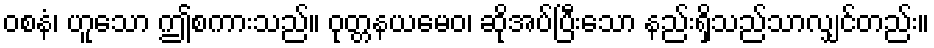
ဝစနံ၊ ဟူသော ဤစကားသည်။ ဝုတ္တနယမေဝ၊ ဆိုအပ်ပြီးသော နည်းရှိသည်သာလျှင်တည်း။